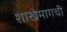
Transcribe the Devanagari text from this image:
शाखेमागची